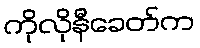
ကိုလိုနီခေတ်က